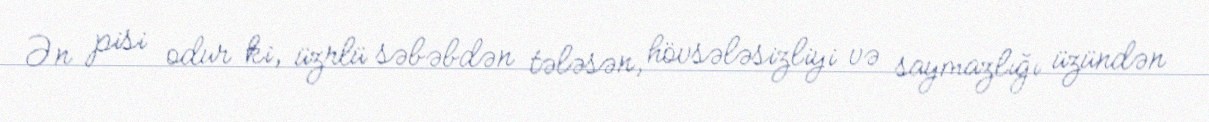
Ən pisi odur ki, üzrlü səbəbdən tələsən, hövsələsizliyi və saymazlığı üzündən